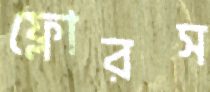
ফ্লোরস